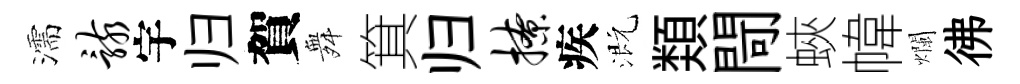
濡骸宇归賀舞箕归撩疾溉𩔖閜蛺幃爛彿